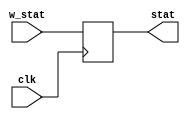
module stat(clk,w_stat,stat);

input clk;
input wire [1:0] w_stat;
output reg [1:0] stat;

always@(posedge clk)begin
    stat = w_stat;
end

endmodule